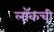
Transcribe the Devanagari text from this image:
लॉकची